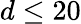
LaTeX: d\leq 20